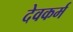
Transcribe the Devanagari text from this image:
देवकर्म